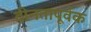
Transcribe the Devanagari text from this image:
दीनतापूर्वक